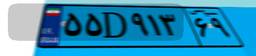
۹۴D۰۰۸۱۱